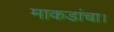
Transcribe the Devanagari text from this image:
माकडांचा।